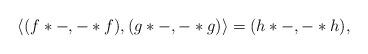
LaTeX: \begin{align*}\langle (f\ast-,-\ast f),(g \ast -, - \ast g) \rangle =(h \ast -,- \ast h),\end{align*}